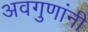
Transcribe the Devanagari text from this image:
अवगुणांनी